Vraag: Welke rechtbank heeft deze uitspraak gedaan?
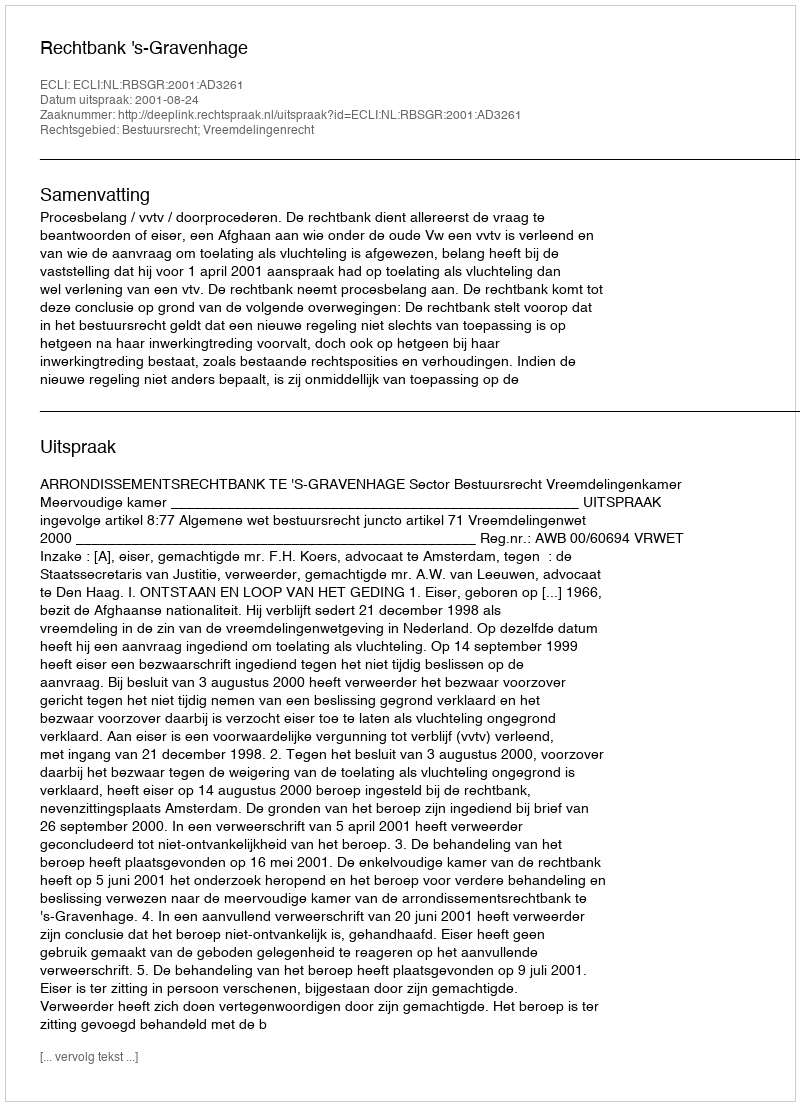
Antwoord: Rechtbank 's-Gravenhage